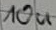
Text: 10u